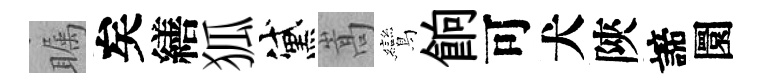
瞩矣繕狐黛嵩鸞餉可犬陝諦圜